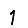
Digit: 1